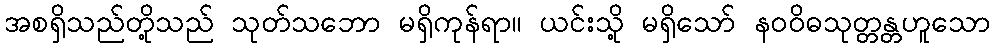
အစရှိသည်တို့သည် သုတ်သဘော မရှိကုန်ရာ။ ယင်းသို့ မရှိသော် နဝဝိဓသုတ္တန္တဟူသော